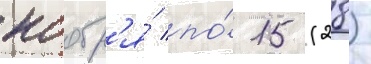
ноабр'я́ по́ 15 (28)